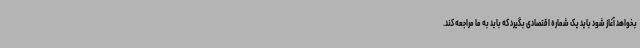
بخواهد آغاز شود باید یک شماره اقتصادی بگیرد که باید به ما مراجعه کند.